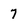
Character: 7